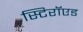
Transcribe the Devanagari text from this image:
स्टिरॉएड